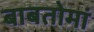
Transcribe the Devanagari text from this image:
बाबतोमां